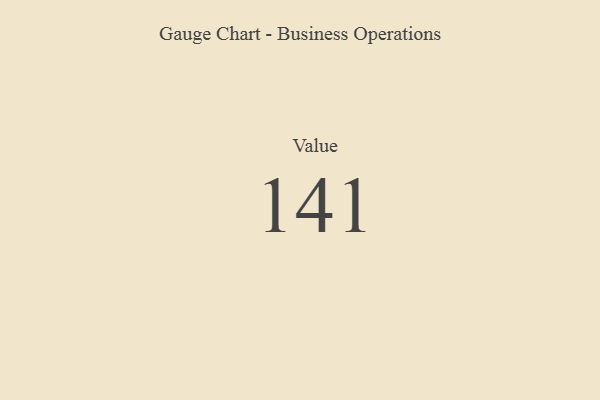
{"axis": {"x": "Metric", "y": "Value"}, "legend": [""], "data": [{"x": "Value", "y": 141, "type": ""}]}